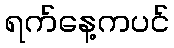
ရက်နေ့ကပင်